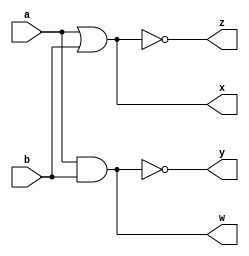
module and1(input wire a,b,output wire w, x, y, z);
assign w=a&b;
assign x=a|b;
assign y=~(a&b);
assign z=~(a|b);
endmodule